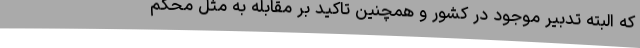
که البته تدبیر موجود در کشور و همچنین تاکید بر مقابله به مثل محکم